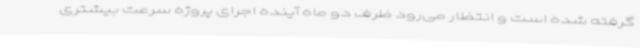
گرفته شده است و انتظار می‌رود ظرف دو ماه آینده اجرای پروژه سرعت بیشتری